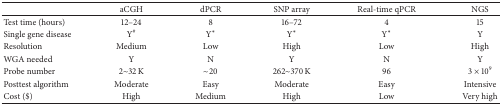
<table><thead><tr><td><b> </b></td><td><b>aCGH</b></td><td><b>dPCR</b></td><td><b>SNP array</b></td><td><b>Real-time qPCR</b></td><td><b>NGS</b></td></tr></thead><tbody><tr><td>Test time (hours)</td><td>12–24 </td><td>8 </td><td>16–72 </td><td>4 </td><td>15</td></tr><tr><td>Single gene disease</td><td>Y<sup>#</sup></td><td>Y*</td><td>Y*</td><td>Y*</td><td>Y</td></tr><tr><td>Resolution</td><td>Medium</td><td>Low</td><td>High</td><td>Low</td><td>High</td></tr><tr><td>WGA needed</td><td>Y</td><td>N</td><td>Y</td><td>N</td><td>Y</td></tr><tr><td>Probe number</td><td>2~32 K</td><td>~20</td><td>262~370 K</td><td>96</td><td>3 × 10<sup>9</sup></td></tr><tr><td>Posttest algorithm</td><td>Moderate</td><td>Easy</td><td>Moderate</td><td>Easy</td><td>Intensive</td></tr><tr><td>Cost ($)</td><td>High</td><td>Medium</td><td>High</td><td>Low</td><td>Very high</td></tr></tbody></table>